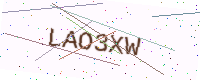
Text: LAO3XW